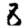
Digit: 8